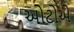
ઓટોએ